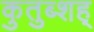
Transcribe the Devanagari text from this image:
कुतुब्शह्